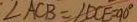
\angle A C B = \angle D C E = 9 0 ^ { \circ }